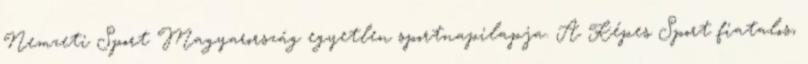
Nemzeti Sport Magyarország egyetlen sportnapilapja. A Képes Sport fiatalos,